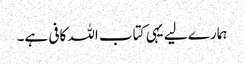
ہمارے لیے یہی کتاب اللہ کافی ہے۔